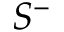
S ^ { - }